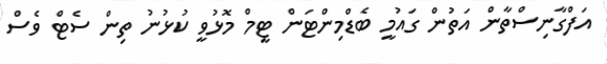
އަފްގާނިސްތާން އަތުން ގައުމީ ބެޑްމިންޓަން ޓީމް މޮޅުވީ ކުޅުނު ތިން ސެޓް ވެސް